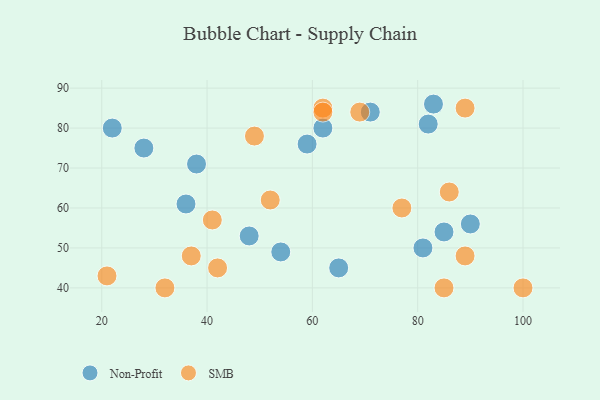
{"axis": {"x": "GDP", "y": "Life Expectancy"}, "legend": ["Non-Profit", "SMB"], "data": [{"x": "83", "y": 86, "type": "Non-Profit"}, {"x": "28", "y": 75, "type": "Non-Profit"}, {"x": "81", "y": 50, "type": "Non-Profit"}, {"x": "65", "y": 45, "type": "Non-Profit"}, {"x": "22", "y": 80, "type": "Non-Profit"}, {"x": "71", "y": 84, "type": "Non-Profit"}, {"x": "82", "y": 81, "type": "Non-Profit"}, {"x": "54", "y": 49, "type": "Non-Profit"}, {"x": "38", "y": 71, "type": "Non-Profit"}, {"x": "85", "y": 54, "type": "Non-Profit"}, {"x": "62", "y": 80, "type": "Non-Profit"}, {"x": "48", "y": 53, "type": "Non-Profit"}, {"x": "59", "y": 76, "type": "Non-Profit"}, {"x": "90", "y": 56, "type": "Non-Profit"}, {"x": "36", "y": 61, "type": "Non-Profit"}, {"x": "89", "y": 48, "type": "SMB"}, {"x": "69", "y": 84, "type": "SMB"}, {"x": "41", "y": 57, "type": "SMB"}, {"x": "86", "y": 64, "type": "SMB"}, {"x": "37", "y": 48, "type": "SMB"}, {"x": "89", "y": 85, "type": "SMB"}, {"x": "85", "y": 40, "type": "SMB"}, {"x": "77", "y": 60, "type": "SMB"}, {"x": "49", "y": 78, "type": "SMB"}, {"x": "42", "y": 45, "type": "SMB"}, {"x": "21", "y": 43, "type": "SMB"}, {"x": "100", "y": 40, "type": "SMB"}, {"x": "52", "y": 62, "type": "SMB"}, {"x": "62", "y": 85, "type": "SMB"}, {"x": "32", "y": 40, "type": "SMB"}, {"x": "62", "y": 84, "type": "SMB"}]}